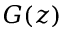
G ( z )